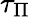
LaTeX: \tau_{\Pi}